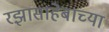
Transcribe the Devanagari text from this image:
रझासाहेबाच्या